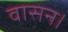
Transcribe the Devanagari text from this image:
वासन।